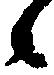
候